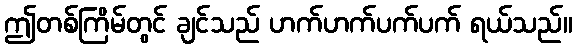
ဤတစ်ကြိမ်တွင် ချင်သည် ဟက်ဟက်ပက်ပက် ရယ်သည်။